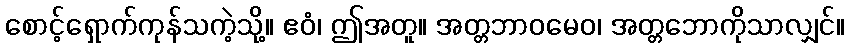
စောင့်ရှောက်ကုန်သကဲ့သို့။ ဧဝံ၊ ဤအတူ။ အတ္တဘာဝမေဝ၊ အတ္တဘောကိုသာလျှင်။